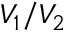
V _ { 1 } / V _ { 2 }